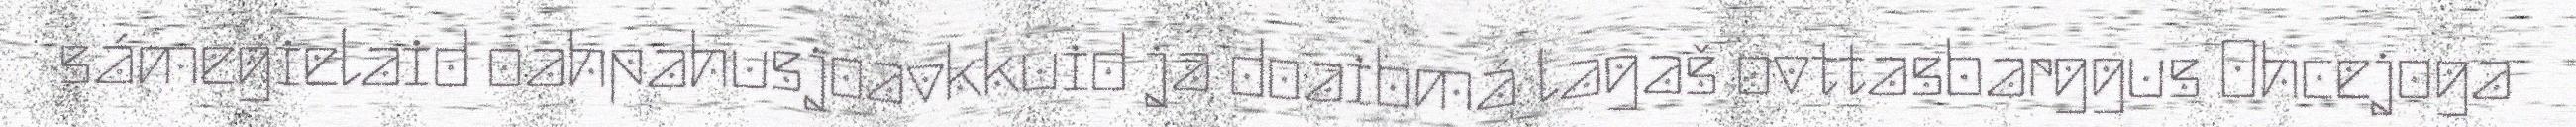
sámegielaid oahpahusjoavkkuid ja doaibmá lagaš ovttasbarggus Ohcejoga